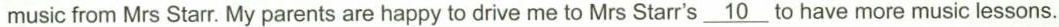
music from Mrs Starr. My parents are happy to drive me to Mrs Starr's\underline{10} to have more music lessons.